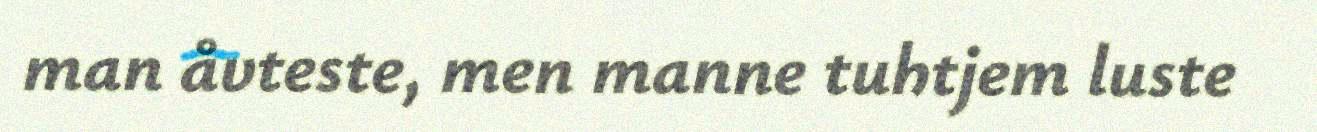
man åvteste, men manne tuhtjem luste